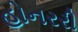
હોનરરી